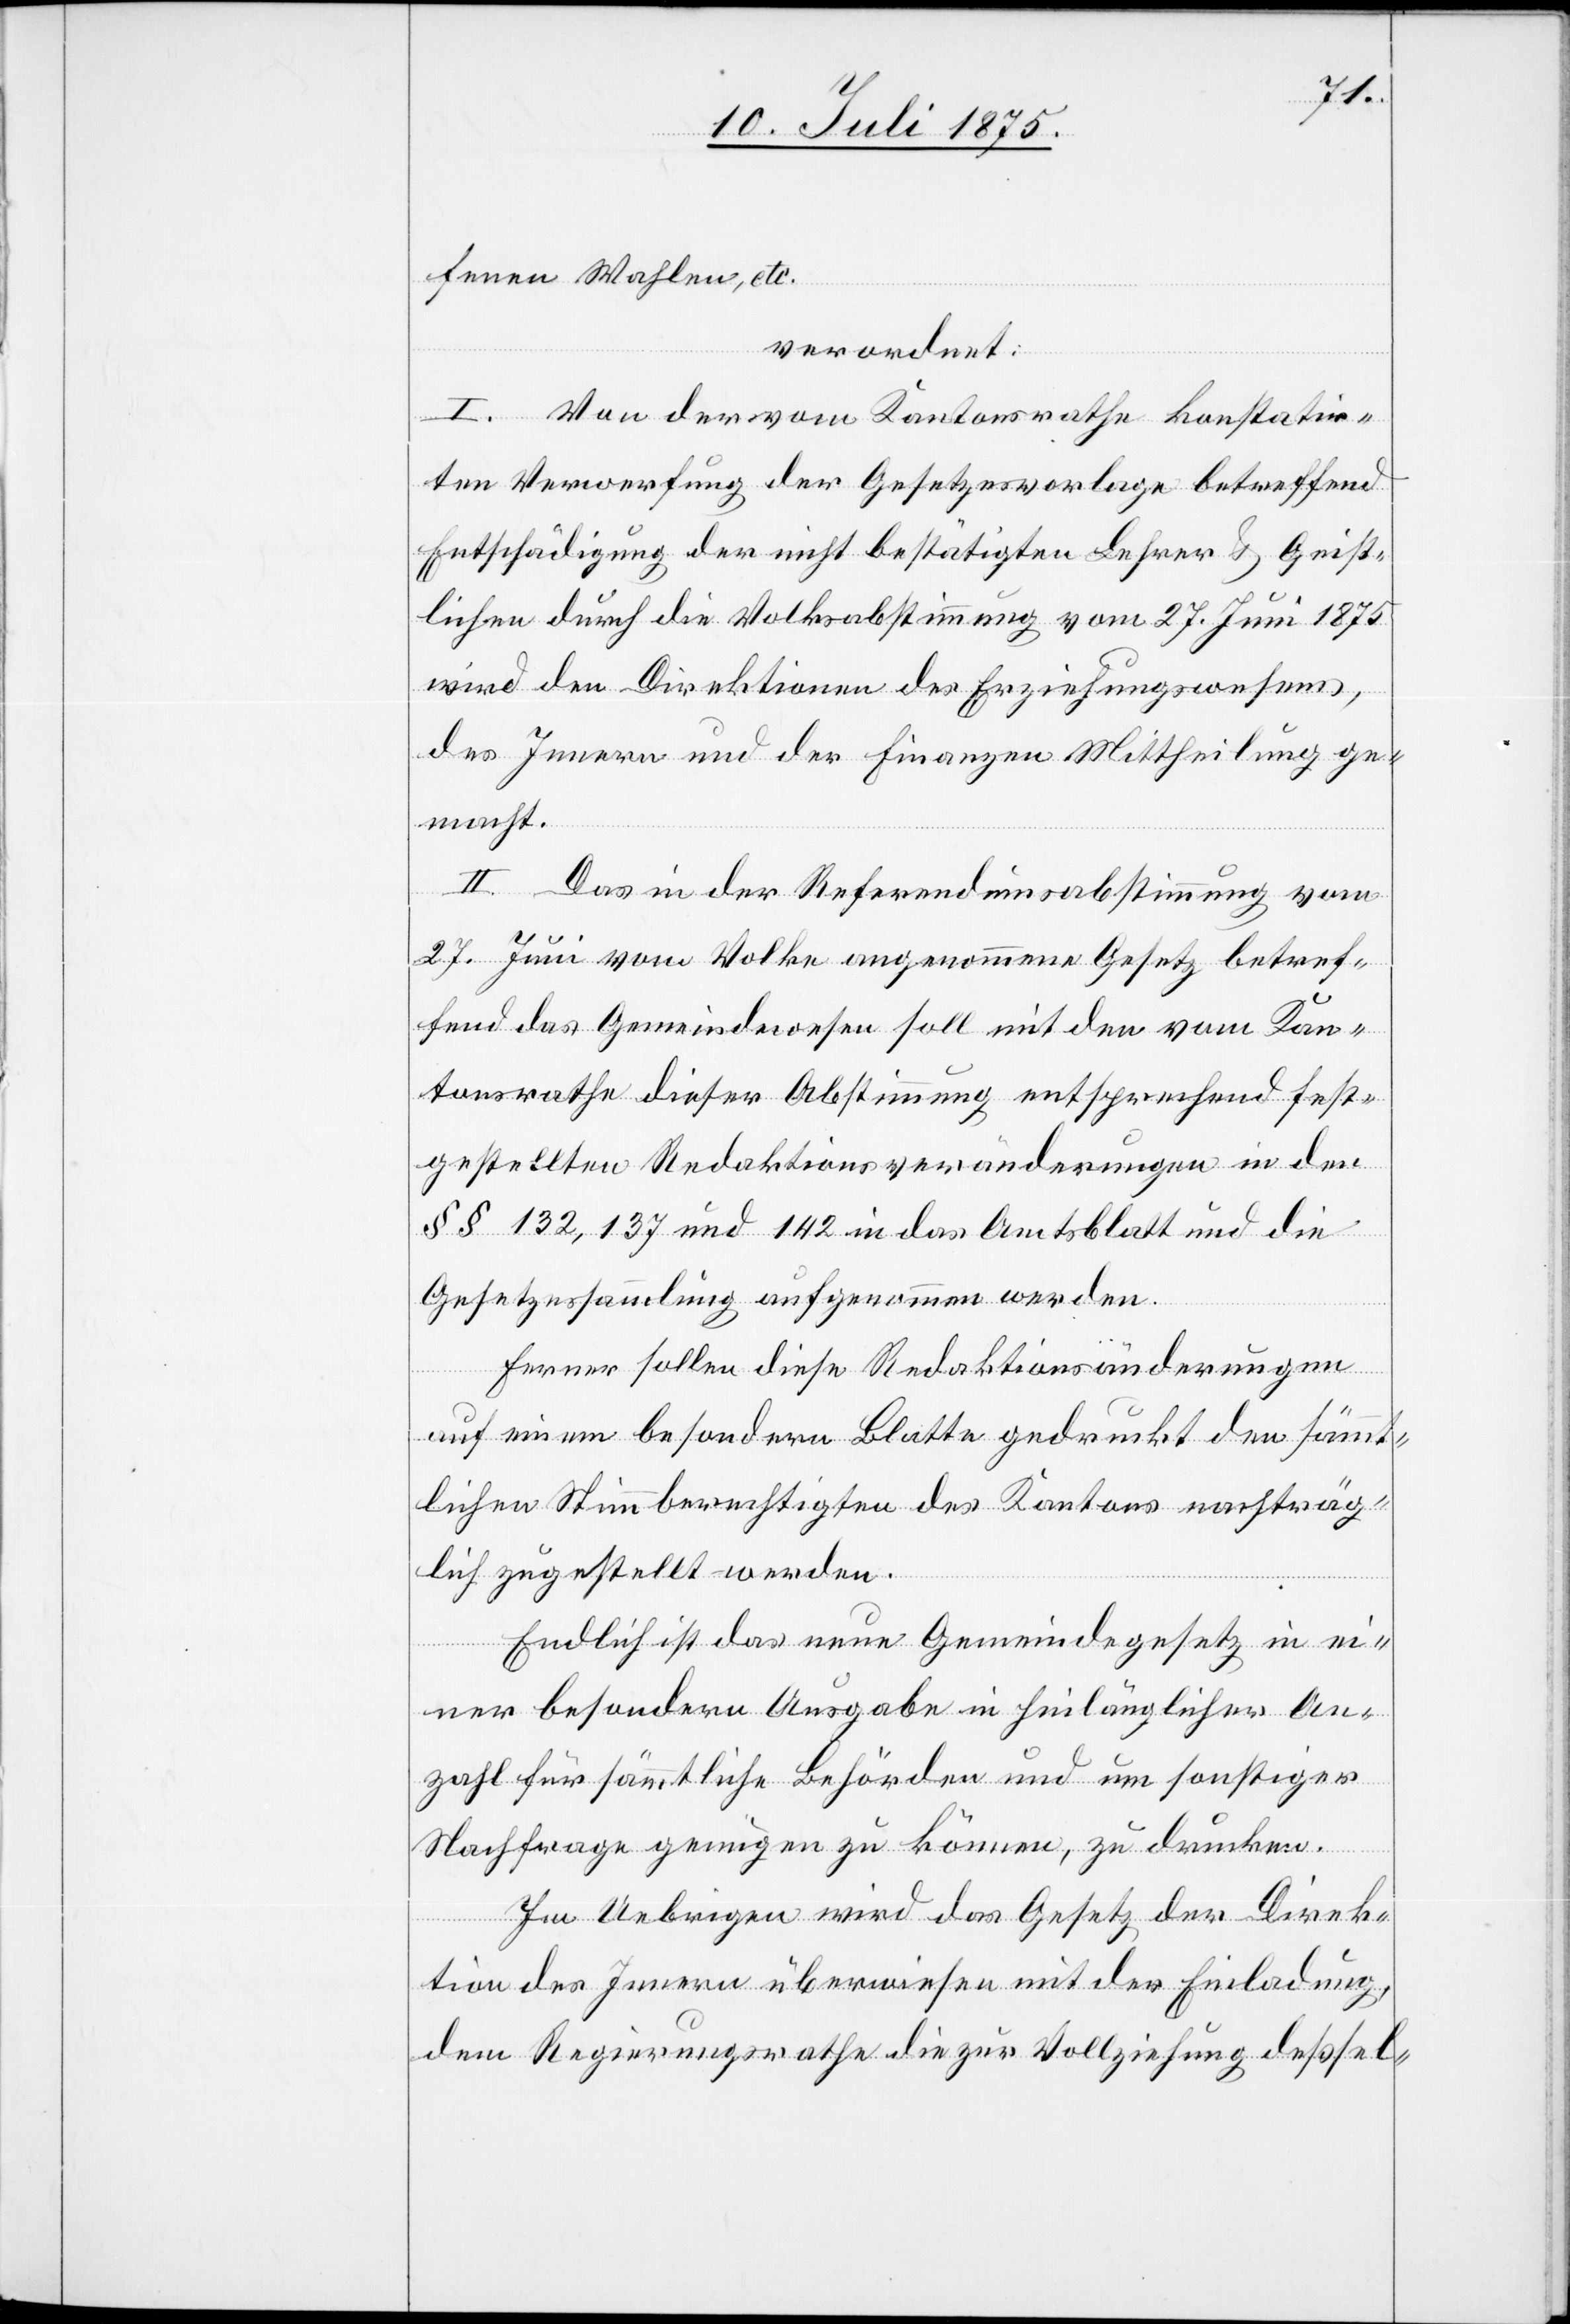
fenen Wahlen, etc.
verordnet:
I. Von der vom Kantonsrathe konstuir¬
ten Verwerfung der Gesetzesvorlage betreffend
Entschädigung der nicht bestätigten Lehrer & Geist¬
lichen durch die Volksabstimmung vom 27. Juni 1875
wird den Direktionen des Erziehungswesens,
des Innern und der Finanzen Mittheilung ge¬
macht.
II. Das in der Referendumsabstimmung vom
27. Juni vom Volke angenommene Gesetz betref¬
fend des Gemeindwesen soll mit den vom Kan¬
tonsrathe dieser Abstimmung entsprechend fest¬
gestellten Redaktionsveränderungen in den
§§ 132, 137 und 142 in das Amtsblatt und die
Gesetzessammlung aufgenommen werden.
Ferner sollen diese Redaktionsänderungen
auf einem besondern Blatte gedruckt den sämmt¬
lichen Stimmberechtigten des Kantons nachträg¬
lich zugestellt werden.
Endlich ist das neue Gemeindegesetz in ei¬
ner besondern Ausgabe in hinlänglicher An¬
zahl für sämmtliche Behörden und um sonstiger
Nachfrage genügen zu können, zu drucken.
Im Uebrigen wird das Gesetz der Direk¬
tion des Innern überwiesen mit der Einladung,
dem Regierungsrathe die zur Vollziehung deßsel-